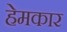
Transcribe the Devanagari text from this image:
हेमकार